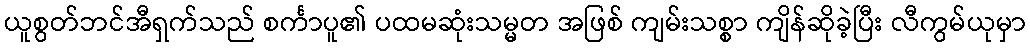
ယူစွတ်ဘင်အီရှက်သည် စင်္ကာပူ၏ ပထမဆုံးသမ္မတ အဖြစ် ကျမ်းသစ္စာ ကျိန်ဆိုခဲ့ပြီး လီကွမ်ယုမှာ